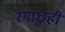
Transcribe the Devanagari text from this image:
रंगाछुही